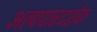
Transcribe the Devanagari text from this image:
अल्पपारदर्शक